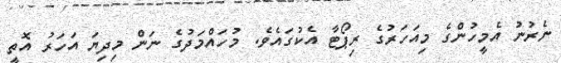
ނެރުނު އެމީހުންގެ މިއަހަރުގެ ރިޕޯޓާ އެކުގައެވެ. މުހައްމަދުގެ ނަން މިދިޔަ އަހަރު އޮތީ